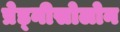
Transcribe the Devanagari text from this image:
प्रेड्नीसोलोन